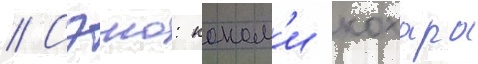
// Сэию: коном'и кохара